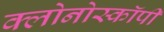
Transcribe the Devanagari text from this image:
क्लोनोस्कॉपी